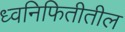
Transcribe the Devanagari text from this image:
ध्वनिफितीतील